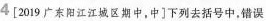
4[2019广东阳江江城区期中，中]下列去括号中，错误